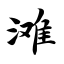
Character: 滩